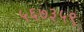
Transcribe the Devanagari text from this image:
५६७३५९